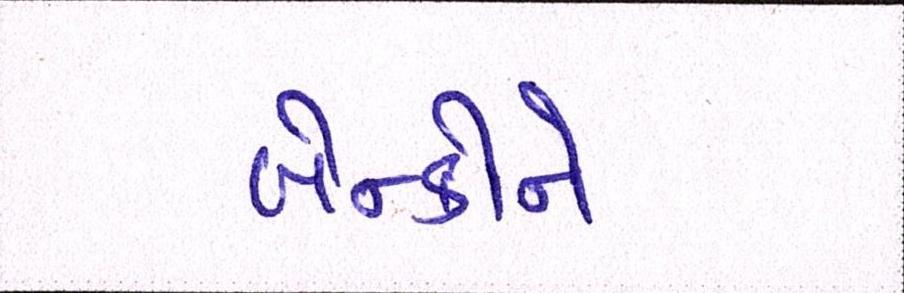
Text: બેન્કોને